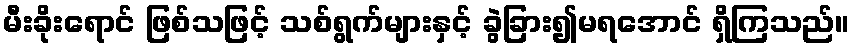
မီးခိုးရောင် ဖြစ်သဖြင့် သစ်ရွက်များနှင့် ခွဲခြား၍မရအောင် ရှိကြသည်။